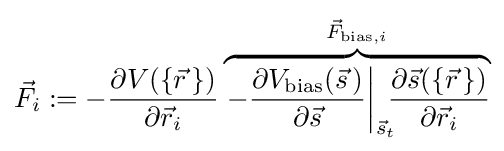
{\vec {F}}_{i}:=-{\frac {\partial V(\{{\vec {r}}\,\})}{\partial {\vec {r}}_{i}}}\overbrace {\left.-{\frac {\partial V_{\text{bias}}({\vec {s}}\,)}{\partial {\vec {s}}}}\right|_{{\vec {s}}_{t}}\!\!\!{\frac {\partial {\vec {s}}(\{{\vec {r}}\,\})}{\partial {\vec {r}}_{i}}}} ^{{\vec {F}}_{{\text{bias}},i}}